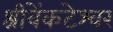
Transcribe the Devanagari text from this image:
श्रीवेंकटेश्वर